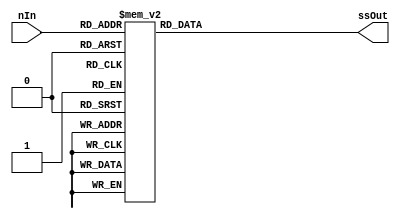
module SevenSegment(ssOut, nIn);
	output reg [6:0] ssOut;
	input [3:0] nIn;

	always @(nIn)
		case (nIn)
			4'h0: ssOut = 7'b1000000;
			4'h1: ssOut = 7'b1111001;
			4'h2: ssOut = 7'b0100100;
			4'h3: ssOut = 7'b0110000;
			4'h4: ssOut = 7'b0011001;
			4'h5: ssOut = 7'b0010010;
			4'h6: ssOut = 7'b0000010;
			4'h7: ssOut = 7'b1111000;
			4'h8: ssOut = 7'b0000000;
			4'h9: ssOut = 7'b0011000;
			4'hA: ssOut = 7'b0001000;
			4'hB: ssOut = 7'b0000011;
			4'hC: ssOut = 7'b1000110;
			4'hD: ssOut = 7'b0100001;
			4'hE: ssOut = 7'b0000110;
			default: ssOut = 7'b0110110;
    endcase
endmodule